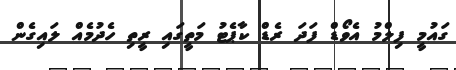
ގައުމީ ފިލްމު އެވޯޑް ފަދަ ރެޑް ކާޕެޓު މަތީގައި ރީތި ހެދުމެއް ލައިގެން